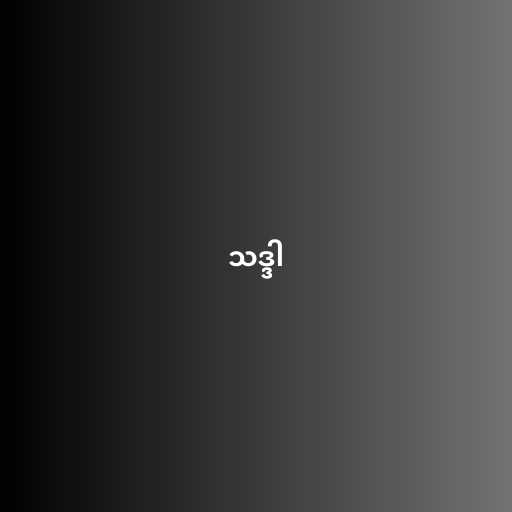
သဒ္ဒါ